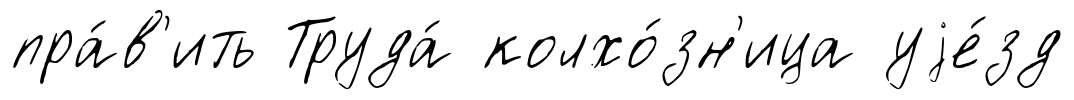
пра́в'ить Труда́ колхо́зн'ица уjе́зд